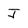
Character: J